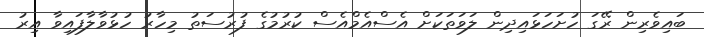
ބައިވެރިން ރޭގަ ހުށަހަޅައިދިން ލަވަތަކަށް އެސްއެމްއެސް ކުރުމުގެ ފުރުސަތު މިހާރު ހުޅުވާލާފައިވާ އިރު